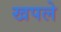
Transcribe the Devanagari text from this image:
खपले